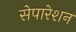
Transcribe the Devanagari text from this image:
सेपारेशन